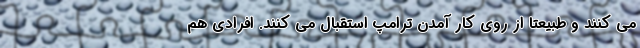
می کنند و طبیعتا از روی کار آمدن ترامپ استقبال می کنند. افرادی هم